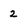
Character: 2